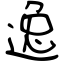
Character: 逸